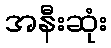
အနီးဆုံး